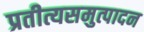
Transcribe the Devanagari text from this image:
प्रतीत्यसमुत्पादन